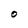
Character: O